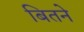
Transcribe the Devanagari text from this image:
बितने